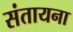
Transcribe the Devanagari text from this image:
संतायना